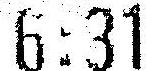
6:31